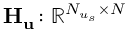
\mathbf { H } _ { \mathbf { u } } \colon \mathbb { R } ^ { N _ { u _ { s } } \times N }